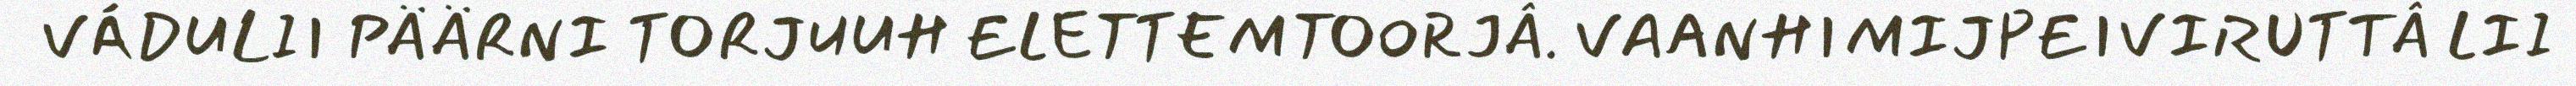
VÁDULII PÄÄRNI TORJUUH ELETTEMTOORJÂ. VAANHIMIJPEIVIRUTTÂ LII